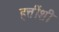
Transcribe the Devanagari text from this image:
हत्तींशी